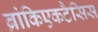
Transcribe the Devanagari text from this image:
ब्रांकिएकटैसिस